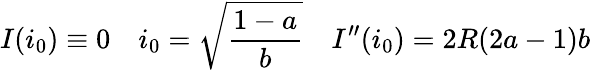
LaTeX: I(i_{0})\equiv 0\quad i_{0}=\sqrt{\frac{1-a}{b}}\quad I^{\prime\prime}(i_{0})=2R(2a-1)b